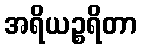
အရိယဉ္စရိတာ